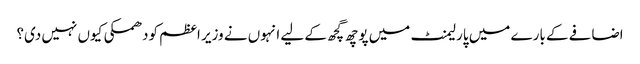
اضافے کے بارے میں پارلیمنٹ میں پوچھ گچھ کے لیے انہوں نے وزیر اعظم کودھمکی کیوں نہیں دی؟